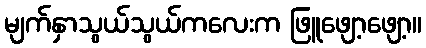
မျက်နှာသွယ်သွယ်ကလေးက ဖြူဖျော့ဖျော့။